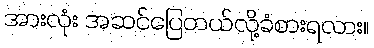
အားလုံး အဆင်ပြေတယ်လို့ခံစားရလား။